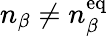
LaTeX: n_{\beta}\neq n_{\beta}^{\textrm{eq}}